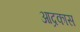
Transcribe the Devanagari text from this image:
आद्रकास